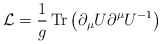
\begin{align*}{\cal L}={1\over g} \, {\rm Tr}\left(\partial_\mu U\partial^\mu U^{-1}\right)\end{align*}